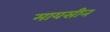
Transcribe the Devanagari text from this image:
मायसीन